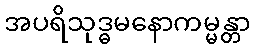
အပရိသုဒ္ဓမနောကမ္မန္တာ